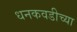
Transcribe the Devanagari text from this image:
धनकवडीच्या